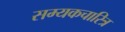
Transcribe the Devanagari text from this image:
सम्यकचारित्र